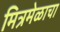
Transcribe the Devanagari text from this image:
मित्रमेळाचा